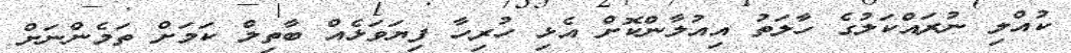
ކުއްލި ނުރައްކަލުގެ ހާލަތު އިއުލާންކޮށް އެޅި ހުރިހާ ފިޔަވަޅެއް ބާތިލް ކަމަށް ތަމެންނަށް